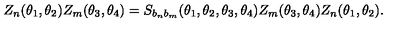
Z _ { n } ( \theta _ { 1 } , \theta _ { 2 } ) Z _ { m } ( \theta _ { 3 } , \theta _ { 4 } ) = S _ { b _ { n } b _ { m } } ( \theta _ { 1 } , \theta _ { 2 } , \theta _ { 3 } , \theta _ { 4 } ) Z _ { m } ( \theta _ { 3 } , \theta _ { 4 } ) Z _ { n } ( \theta _ { 1 } , \theta _ { 2 } ) .